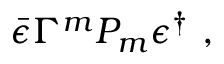
\bar { \epsilon } \Gamma ^ { m } P _ { m } \epsilon ^ { \dag } \ ,